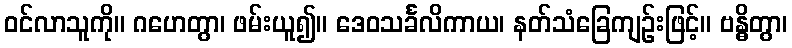
ဝင်လာသူကို။ ဂဟေတွာ၊ ဖမ်းယူ၍။ ဒေဝသင်္ခလိကာယ၊ နတ်သံခြေကျဉ်းဖြင့်။ ဗန္ဓိတွာ၊